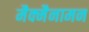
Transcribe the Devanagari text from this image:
मैक्मैनामन